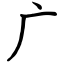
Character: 广